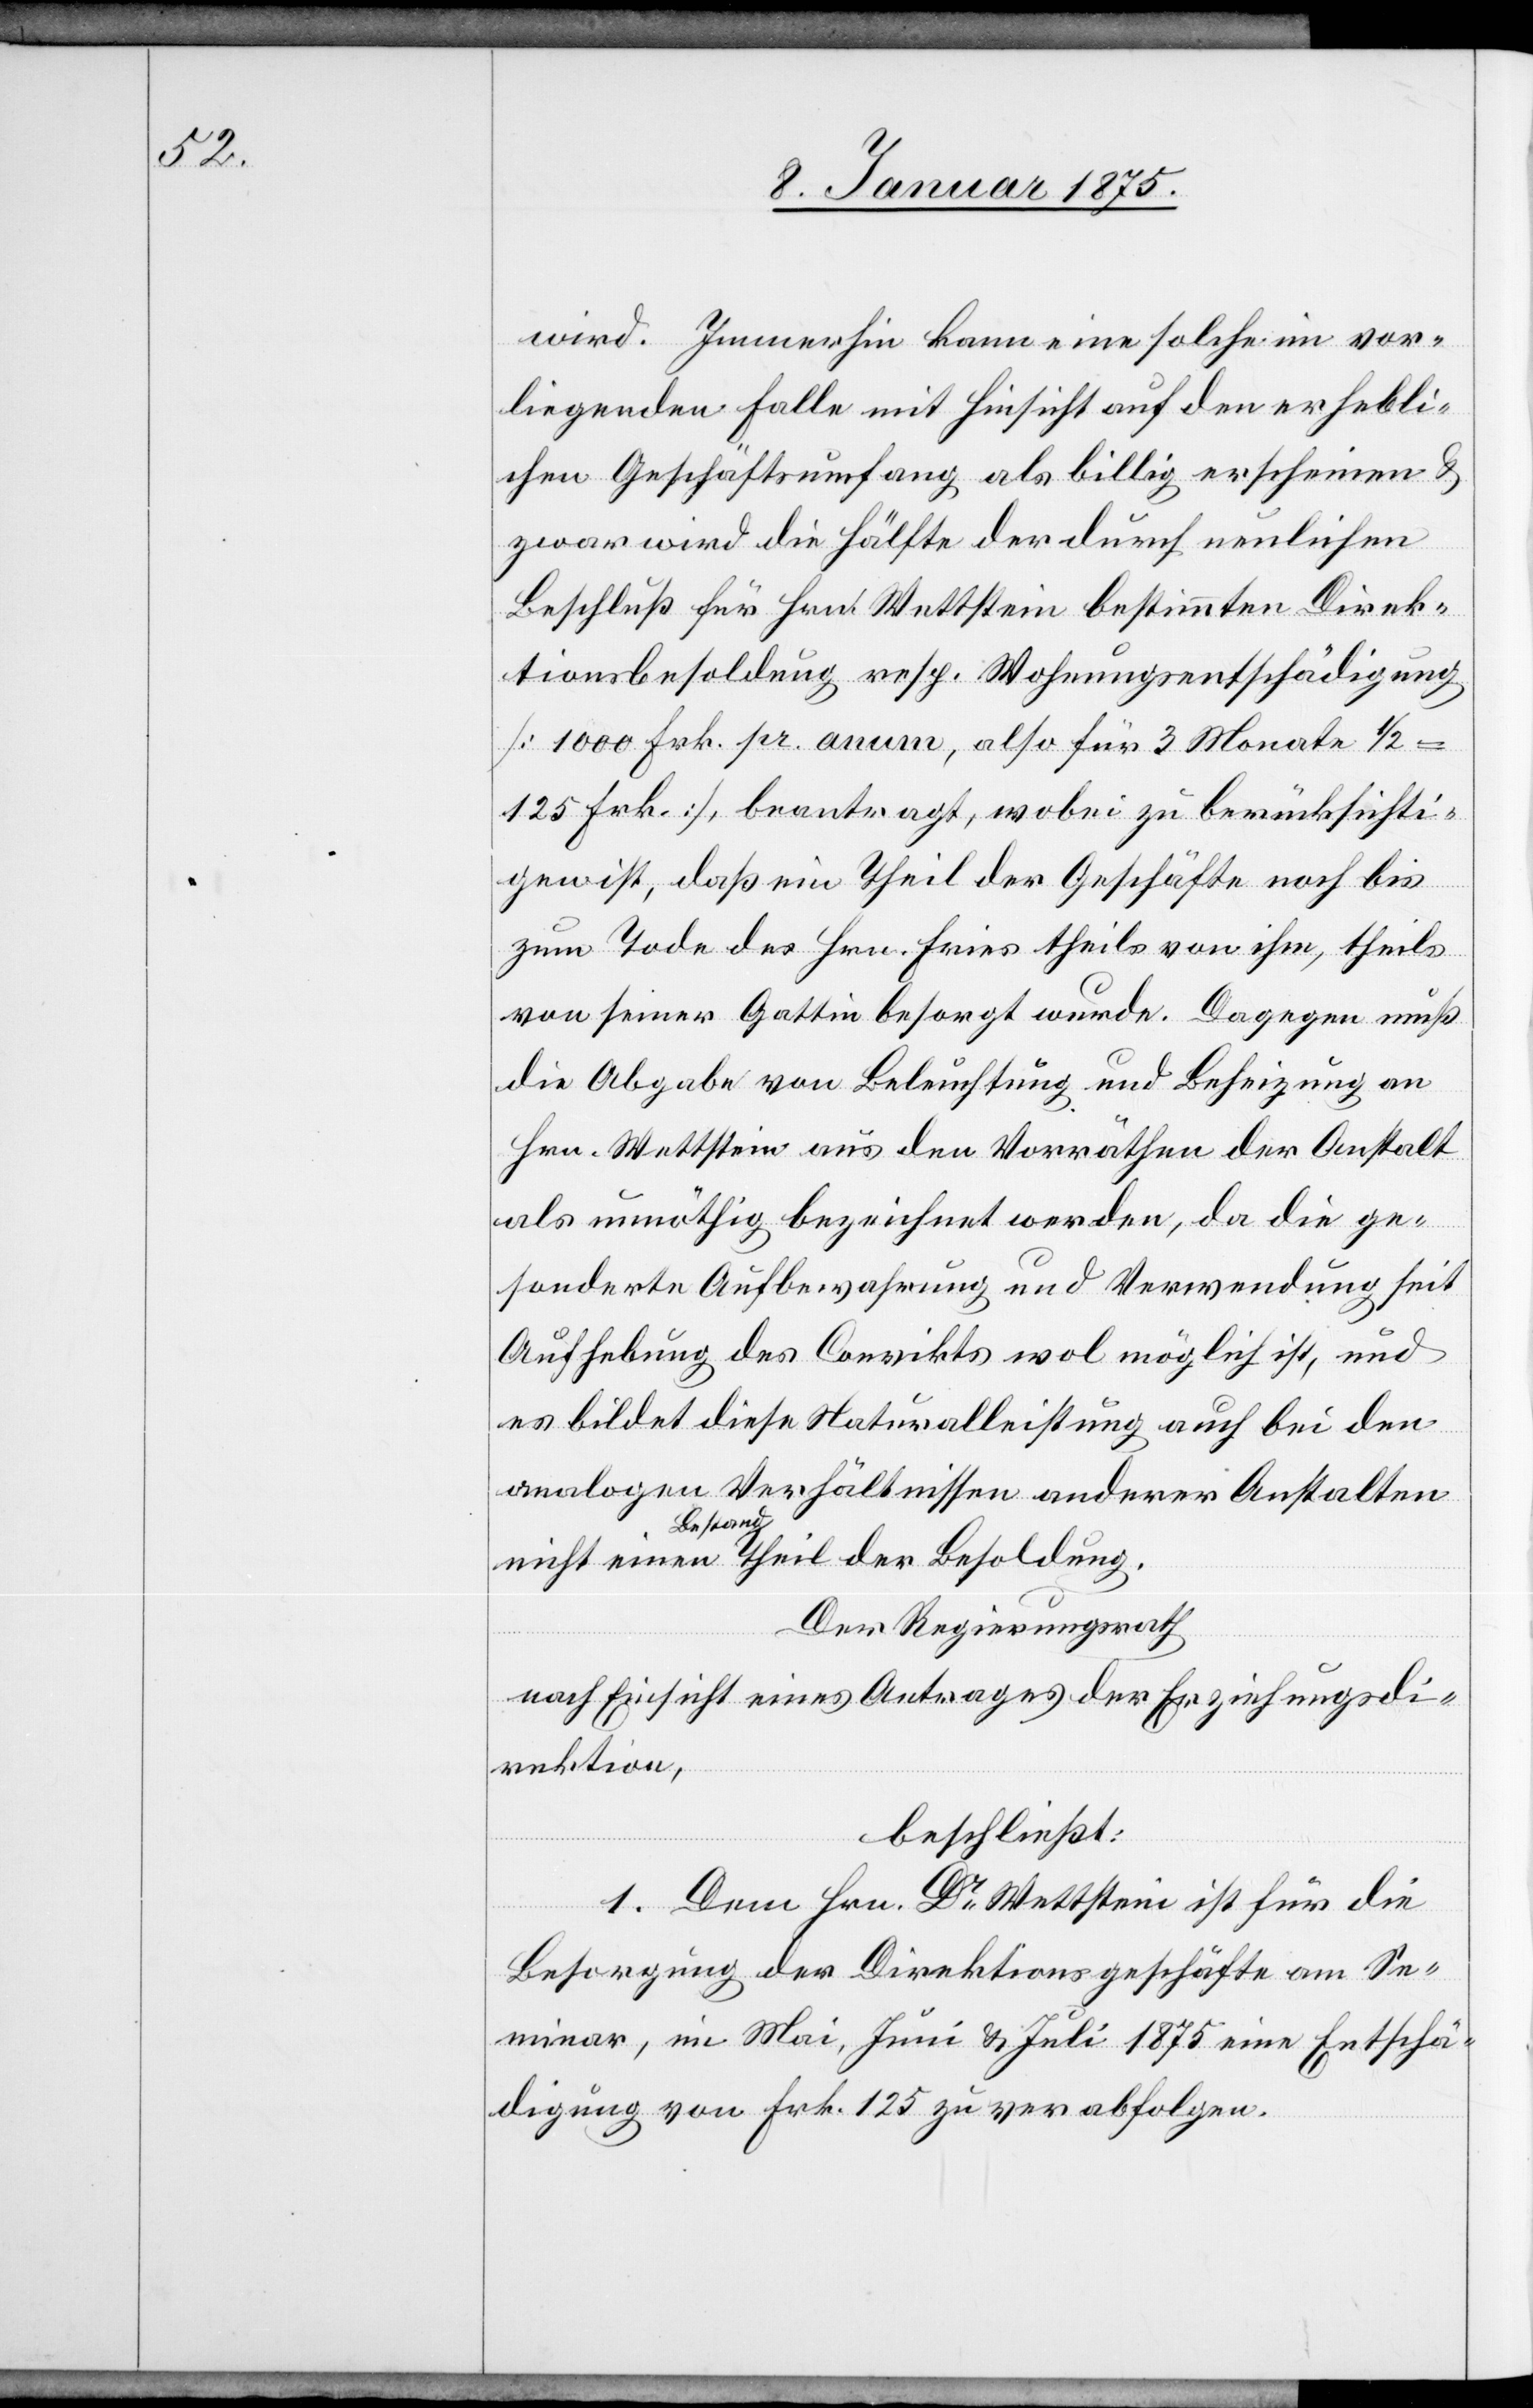
wird. Immerhin kann eine solche im vor¬
liegenden Falle mit Hinsicht auf den erhebli¬
chen Geschäftsumfang als billig erscheinen u.
zwar wird die Hälfte der durch neulichen
Beschluß für Hrn. Wettstein bestimmten Direk¬
tionsbesoldung resp. Wohnungsentschädigung
[1000 Frk. pr. anum, also für 3 Monate 1/2
125 Frk.], beantragt, wobei zu berücksichti¬
gen ist, daß ein Theil der Geschäfte noch bis
zum Tode des Hrn. Fries theils von ihm, theils
von seiner Gattin besorgt wurde. Dagegen muß
die Abgabe von Beleuchtung und Beheizung an
Hrn. Wettstein aus den Vorräthen der Anstalt
als unnöthig bezeichnet werden, da die ge¬
sonderte Aufbewahrung und Verwendung seit
Aufhebung des Convikts wol möglich ist, und
es bildet diese Naturalleistung auch bei den
analogen Verhältnissen anderer Anstalten
Bestandth¬
Der Regierungsrath
oldung.
nach Einsicht eines Antrages der Erziehungsdi¬
rektion,
beschließt:
Bes¬
1. Dem Hrn. Dr. Wettstein ist für die
Besorgung der Direktionsgeschäfte am Se¬
minar, im Mai, Juni u. Juli 1875 eine Entschä¬
digung von Frk. 125 zu verabfolgen.